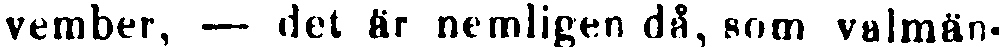
vember, — det är nemligen då, som valmän-